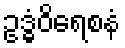
ဥဒ္ဓံဝိရေစနံ